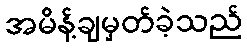
အမိန့်ချမှတ်ခဲ့သည်